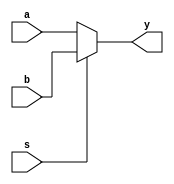
module mux21_cond(a,b,s,y);
input a,b,s;
output y;
assign y = s?b:a;
endmodule
//////////////////////////////////////Test Bench/////////////////////////////////

module mux21_cond_tb();
reg a,b,s;
wire y;
mux21_cond md(a,b,s,y);
initial
	begin
		s=0; a=1;b=0;
#5		s=1; a=1;b=0;
#5
$stop;
end
endmodule